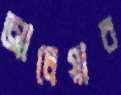
আলেয়ার